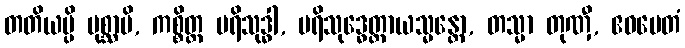
တတိယမ္ပိ ပုစ္ဆာမိ, ကစ္စိတ္ထ ပရိသုဒ္ဓါ, ပရိသုဒ္ဓေတ္ထာယသ္မန္တော, တသ္မာ တုဏှီ, ဧဝမေတံ